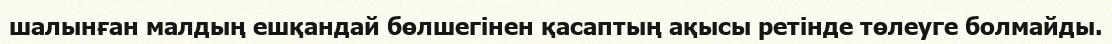
шалынған малдың ешқандай бөлшегінен қасаптың ақысы ретінде төлеуге болмайды.